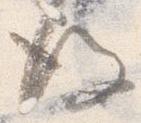
後